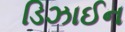
ડિઝાઈન